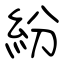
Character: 紛